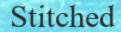
Stitched